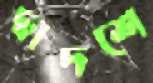
দ্বাদশে